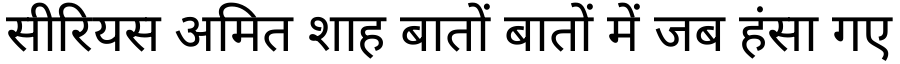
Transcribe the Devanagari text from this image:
सीरियस अमित शाह बातों बातों में जब हंसा गए